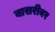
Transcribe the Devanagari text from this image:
बासरीवर